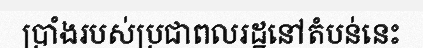
ប្រាំងរបស់ប្រជាពលរដ្ឋនៅតំបន់នេះ